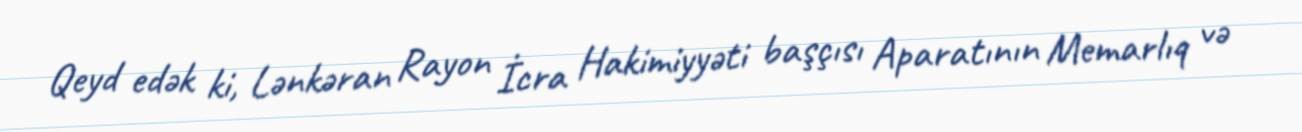
Qeyd edək ki, Lənkəran Rayon İcra Hakimiyyəti başçısı Aparatının Memarlıq və